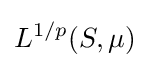
L^{1/p}(S,\mu )